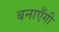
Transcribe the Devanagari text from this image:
बनाएँगी